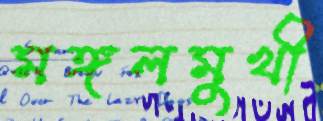
মঙ্গলমুখী